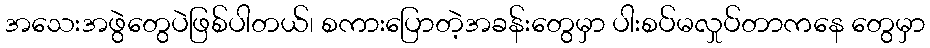
အသေးအဖွဲတွေပဲဖြစ်ပါတယ်၊ စကားပြောတဲ့အခန်းတွေမှာ ပါးစပ်မလှုပ်တာကနေ တွေမှာ